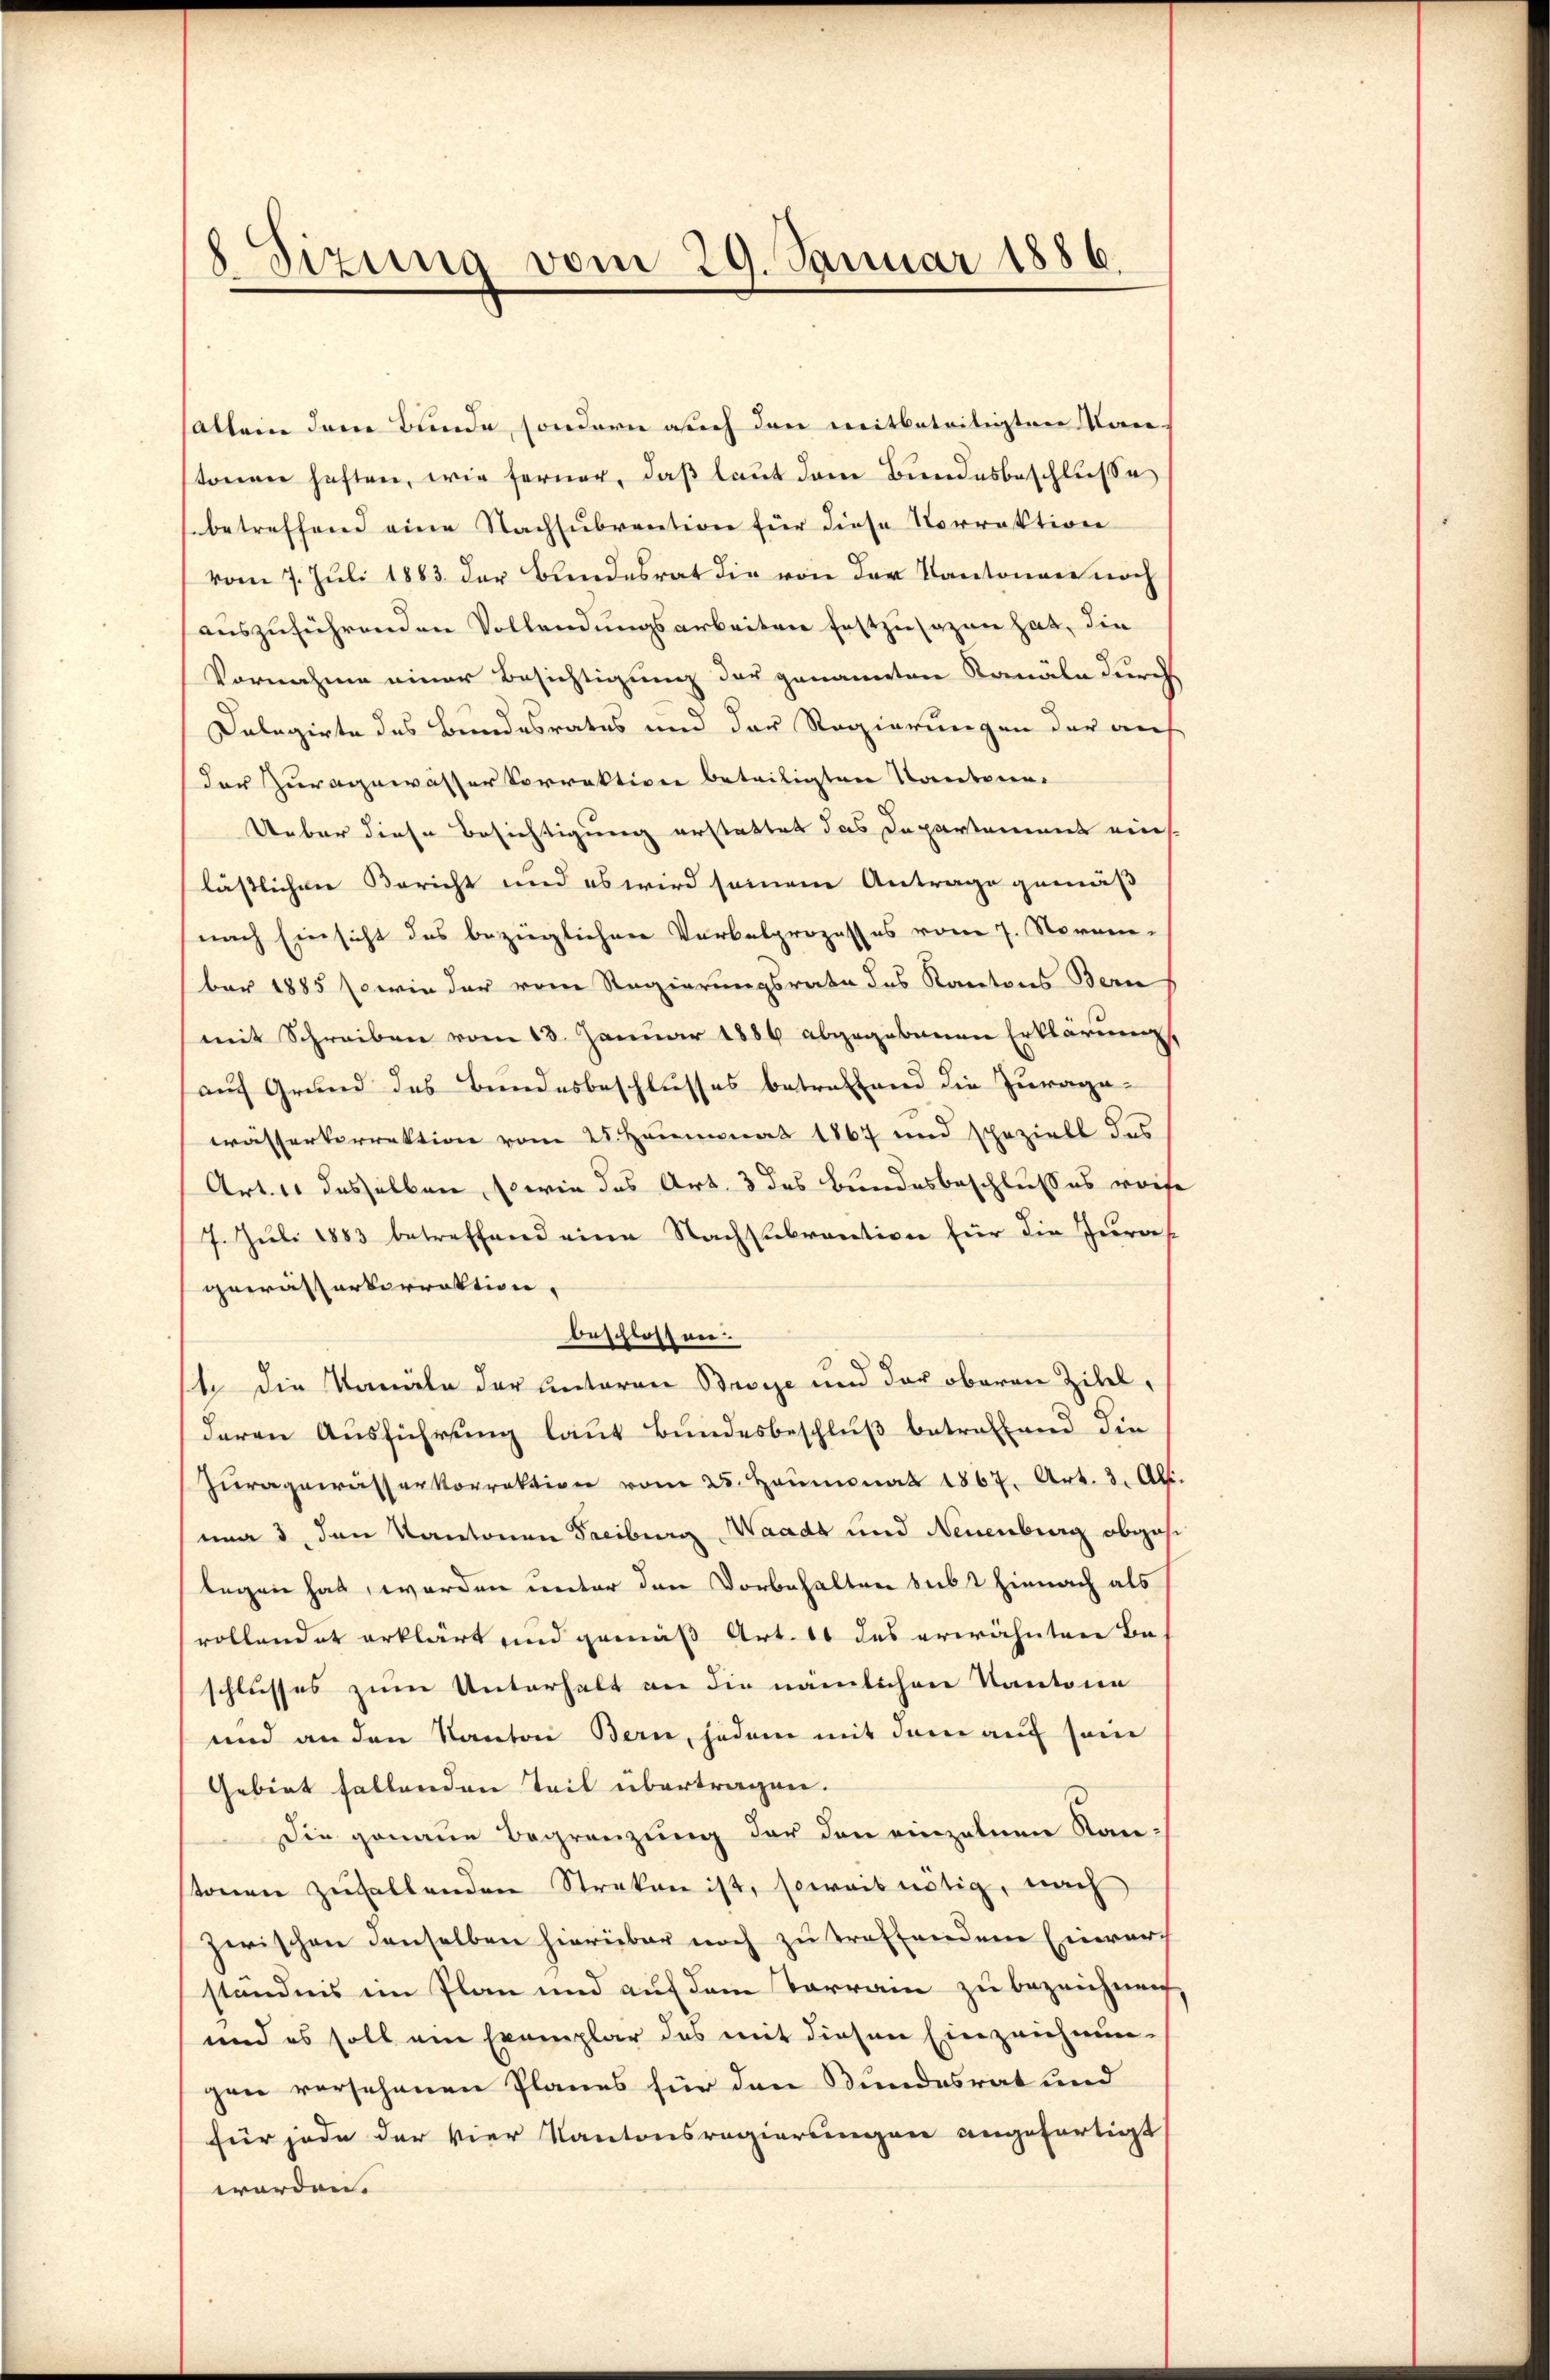
O
sizung vom 29. Januar 1886

sallein dem Bunde, sondern auch den mitbetreitigten Nan
stonen haften, wie ferner, daß laut dem Bundesbeschlusse
betreffend eine Nachsubvention für diese Vorrektion
vom 7. Juli 1883 der Bundesrat die von der Kantonen noch
auszuführenden Vollendungsarbeiten festzusagen hat, die
Vornahme einer Besichtigung der genannten Kanäle durch
Delegirte des Bundesrates und der Regierungen der auf
der Zuragewasser Vorrektion beteiligten Kantone.
Ueber diese Besichtigung erstattet das Departement einslässlichen Bericht und es wird seinem Antrage gemäß
nach Einsicht des bezieglichen Verbalprozesses vom 7. Novem-
ber 1885 sowie der vom Regierungsrate des Kantons Bern
mit Schreiben vom 13. Januar 1886 abgegebenen Erklärung,
(auf Grund des Bundesbeschlusses betreffend die Zuraga-
wässerkorrektion vom 25. Heumonat 1867 und speziell des
Art. 11 dasselben, sowie das Art. 3 des Bundesbeschlusses waise
7. Juli 1883 betreffend eine Nachtebraution für die Juras
gewässerkorrektion.
beschlossen.
t die Kanäle der Unteren Brosse und der oberen Zitel,
deren Ausführung laut Bundesbeschluß betreffend die
Zŭragewässerkorrektion vom 25. Heumonat 1867. Art. 3. Akt.
mma 3 den Kantonen Freiburg Waadt und Neuenburg obgese
legen hat, werden unter den Vorbehalten subt hienach als
vollendet erklärt und gemäß Art. 11 des erwähntere Be-
schlusses zum Unterhalt an die nämlichen Kantone
und an den Kanton Bern, jedem mit dem auf sein
Gebiet fallenden Teil übertragen.
Die genaue Begrenzung der den einzelnen Kanstonen zufallenden Streken ist, soweit nötig, nach
zwischen denselben hierüber noch zu treffendem Einverständnis im Plan und auf dem Vorrain zu bezeichnen
und es soll am Exemplar des mit diesen Einzeichnun-
gen versehenen Planes für den Bundesrat und
für jede der vier Kantonsregierungen angefertigt
worden.